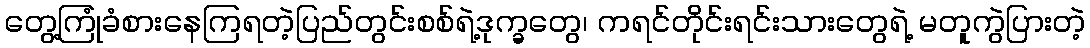
တွေ့ကြုံခံစားနေကြရတဲ့ပြည်တွင်းစစ်ရဲ့ဒုက္ခတွေ၊ ကရင်တိုင်းရင်းသားတွေရဲ့ မတူကွဲပြားတဲ့